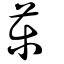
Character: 藥